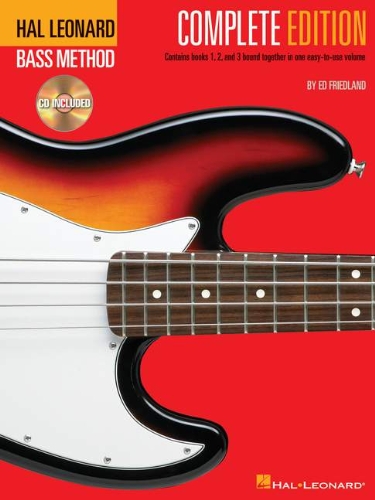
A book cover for Hal Leonard Bass Method - Complete Edition: Books 1, 2 and 3 Bound Together in One Easy-to-Use Volume!; Ed Friedland; Arts & Photography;